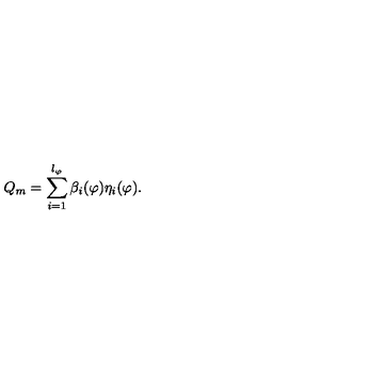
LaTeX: Q _ { m } = \sum _ { i = 1 } ^ { l _ { \varphi } } \beta _ { i } ( \varphi ) \eta _ { i } ( \varphi ) .